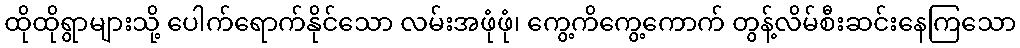
ထိုထိုရွာများသို့ ပေါက်ရောက်နိုင်သော လမ်းအဖုံဖုံ၊ ကွေ့ကိကွေ့ကောက် တွန့်လိမ်စီးဆင်းနေကြသော